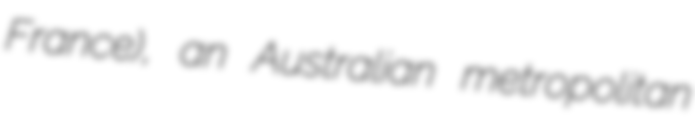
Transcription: France), an Australian metropolitan